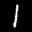
Label: 1